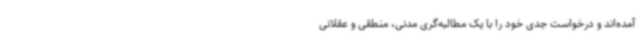
آمده‌اند و درخواست جدی خود را با یک مطالبه‌گری مدنی، منطقی و عقلانی